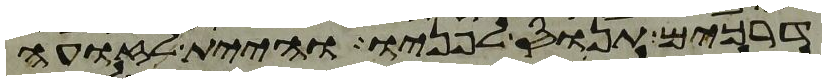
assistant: דרכים תנוס לפניו והיית לזועה